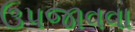
ઉપજાવવા